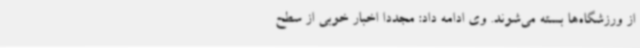
از ورزشگاه‌ها بسته می‌شوند. وی ادامه داد: مجددا اخبار خوبی از سطح